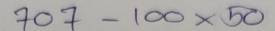
707 - 100 x 50